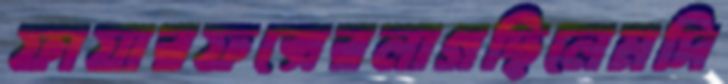
ফায়ারফক্সেরলাগছিলেমদি